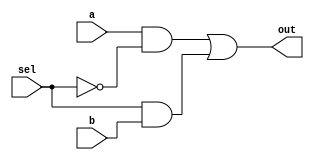
/* mdulo Mux */

`ifndef _MUX_
`define _MUX_

module Mux(out, a, b, sel);
    input a, b, sel;
    wire  not_sel, a1, b1;
    output out;

    not not0(not_sel, sel);
    and and0(a1, a, not_sel);
    and and1(b1, sel, b);
    or  or0(out, a1, b1);

endmodule

`endif

/* mdulo DMux */

`ifndef _DMux_
`define _DMux_

module DMux(a, b, in, sel);
    input in, sel;
    wire  not_sel;
    output a, b;

    not not0(not_sel, sel);
    and and0(a, in, not_sel);
    and and1(b, sel, in);
endmodule

/* mdulo DMux4Way */

`ifndef _DMux4WAY_
`define _DMux4WAY_

module DMux4Way(a , b , c, d, in, sel);
    input in;
    input [1:0] sel;
    wire DMux0AB, DMux0CD;
    output a, b, c, d;

    DMux DMux_module0(DMux0AB, DMux0CD, in, sel[1]);
    DMux DMux_moduleOutAB(a, b, DMux0AB, sel[0]);
    DMux DMux_moduleOutCD(c, d, DMux0CD, sel[0]);
endmodule

`endif

`endif
/* mdulo DMux8Way */

`ifndef _DMux8Way_
`define _DMux8Way_

module DMux8Way(a, b, c, d, e ,f ,g ,h, in, sel);
    input in;
    input [2:0] sel;
    wire DMux0AB, DMux0CD;
    output a, b, c, d, e, f, g, h;

    DMux DMux_module0(DMux0AB, DMux0CD, in, sel[2]);
    DMux4Way DMux4Way_moduleABCD(a, b, c, d, DMux0AB, sel[1:0]);
    DMux4Way DMux4Way_moduleEFGH(e, f, g, h, DMux0CD, sel[1:0]);

endmodule

`endif

/* mdulo Mux16 */

`ifndef _Mux16_
`define _Mux16_

module Mux16(out, a, b, sel);
    input sel;
    input [15:0] a, b;

    wire not_sel;
    wire [15:0] a1, b1;

    output [15:0] out;

    not (not_sel, sel);
    
    genvar i;
    generate
        for (i = 0; i < 16; i = i + 1) begin
            and (a1[i], a[i], not_sel);
            and (b1[i], sel, b[i]);
            or  (out[i], a1[i], b1[i]);
        end
    endgenerate
endmodule

`endif

/* mdulo Mux4Way */

`ifndef _MUX4WAY16_
`define _MUX4WAY16_

module Mux4Way16(out, in_A, in_B, in_C, in_D, sel);
    input [15:0] in_A, in_B, in_C, in_D;
    input [1:0] sel;
    wire [15:0] mux16_AB, mux16_CD;
    output [15:0] out;

    Mux16 mux_moduleAB(mux16_AB, in_A, in_B, sel[0]);
    Mux16 mux_moduleCD(mux16_CD, in_C, in_D, sel[0]);
    Mux16 mux_moduleOut(out, mux16_AB, mux16_CD, sel[1]);
endmodule

`endif

`ifndef _MUX8WAY16_
`define _MUX8WAY16_

module Mux8Way16(out, in_A, in_B, in_C, in_D, in_E, in_F, in_G, in_H, sel);
    input [15:0] in_A, in_B, in_C, in_D , in_E, in_F, in_G, in_H;
    input [2:0] sel;
    wire [15:0] mux4way16_ABCD, mux4way16_EFGH;
    output [15:0] out;

    Mux4Way16 mux_moduleABCD(mux4way16_ABCD, in_A, in_B,in_C, in_D, sel[1:0]);
    Mux4Way16 mux_moduleEFGH(mux4way16_EFGH, in_E, in_F, in_G, in_H, sel[1:0]);
    Mux16 mux_moduleOut(out, mux4way16_ABCD, mux4way16_EFGH, sel[2]);
endmodule

`endif


/* mdulo DLatch */

`ifndef _DLatch_
`define _DLatch_

module DLatch(q, d, clk);
    input d, clk;
    output q;
    wire qb, w1, w2, w3, w4, w5, w6, w7, w8, w9;

    nand nand1(w2, d, clk);
    nand nand2(w5, w2, w3);
    nand nand3(w4, clk, w1);
    nand nand4(w3, w5, w4);
    nand nand5(w8, w5, w7);
    nand nand6(q, w8, qb);
    nand nand7(w9, w7, w6);
    nand nand8(qb, q, w9);
    not not1(w1, d);
    not not2(w7, clk);
    not not3(w6, w5);

endmodule

`endif

/* mdulo Bit */

`ifndef _Bit_
`define _Bit_

module Bit(out, in, load, clk);

    output out;
    input in, load, clk;
    wire outMux;

    Mux mux0(outMux, out, in, load);

    DLatch dLatch0(out, outMux, clk);

endmodule

`endif

/* mdulo Register16 */
`ifndef _Register16_
`define _Register16_

module Register16(out, in, load, clk);
    output [15:0] out;
    input [15:0] in; 
    input load, clk;
    
    Bit bit0(out[0], in[0], load, clk);
    Bit bit1(out[1], in[1], load, clk);
    Bit bit2(out[2], in[2], load, clk);
    Bit bit3(out[3], in[3], load, clk);
    Bit bit4(out[4], in[4], load, clk);
    Bit bit5(out[5], in[5], load, clk);
    Bit bit6(out[6], in[6], load, clk);
    Bit bit7(out[7], in[7], load, clk);
    Bit bit8(out[8], in[8], load, clk);
    Bit bit9(out[9], in[9], load, clk);
    Bit bit10(out[10], in[10], load, clk);
    Bit bit11(out[11], in[11], load, clk);
    Bit bit12(out[12], in[12], load, clk);
    Bit bit13(out[13], in[13], load, clk);
    Bit bit14(out[14], in[14], load, clk);
    Bit bit15(out[15], in[15], load, clk);

endmodule

`endif

/* mdulo RAM8 */

`ifndef _RAM8_
`define _RAM8_

module RAM8(out, in, addr, write, clk);

    output [15:0] out;
    input [15:0] in;
    input [2:0] addr;
    input write, clk;

    wire [7:0] dmuxWrite;
    wire [15:0] outRegister0, outRegister1, outRegister2, outRegister3, outRegister4, outRegister5, outRegister6, outRegister7;

    DMux8Way dmux0(dmuxWrite[0], dmuxWrite[1], dmuxWrite[2], dmuxWrite[3], dmuxWrite[4], dmuxWrite[5], dmuxWrite[6], dmuxWrite[7], write, addr);

    Register16 register0(outRegister0, in, dmuxWrite[0], clk);
    Register16 register1(outRegister1, in, dmuxWrite[1], clk);
    Register16 register2(outRegister2, in, dmuxWrite[2], clk);
    Register16 register3(outRegister3, in, dmuxWrite[3], clk);
    Register16 register4(outRegister4, in, dmuxWrite[4], clk);
    Register16 register5(outRegister5, in, dmuxWrite[5], clk);
    Register16 register6(outRegister6, in, dmuxWrite[6], clk);
    Register16 register7(outRegister7, in, dmuxWrite[7], clk);

    Mux8Way16 mux0(out, outRegister0, outRegister1, outRegister2, outRegister3, outRegister4, outRegister5, outRegister6, outRegister7, addr);

endmodule

`endif

/* mdulo RAM16 */

`ifndef _RAM16_
`define _RAM16_

module RAM16(out, in, addr, write, clk);

    output [15:0] out;
    input [15:0] in;
    input [3:0] addr;
    input write, clk;

    wire [15:0] outRam8_0, outRam8_1;
    wire out0Dmux0, out1Dmux;

    DMux dmux0(out0Dmux0, out1Dmux, write, addr[3]);

    RAM8 ram0(outRam8_0, in, addr[2:0], out0Dmux0, clk);
    RAM8 ram1(outRam8_1, in, addr[2:0], out1Dmux, clk);

    Mux16 mux0(out, outRam8_0, outRam8_1, addr[3]);

endmodule

`endif